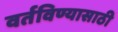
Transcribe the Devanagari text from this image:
वर्तविण्यासाठी